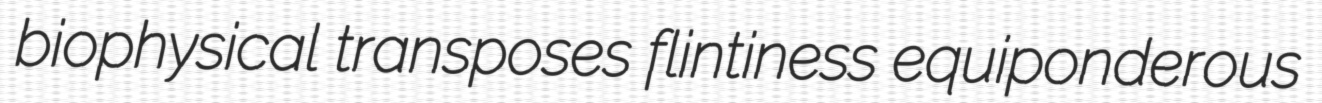
biophysical transposes flintiness equiponderous